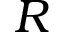
R